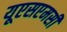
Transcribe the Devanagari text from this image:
यूएसएमसी